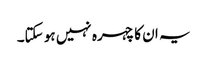
یہ ان کا چہرہ نہیں ہو سکتا۔